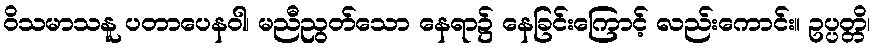
ဝိသမာသနူ ပတာပေနဝါ၊ မညီညွတ်သော နေရာ၌ နေခြင်းကြောင့် လည်းကောင်း။ ဥပ္ပတ္တိ၊